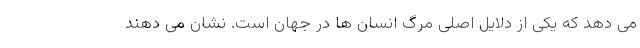
می دهد که یکی از دلایل اصلی مرگ انسان ها در جهان است. نشان می دهند